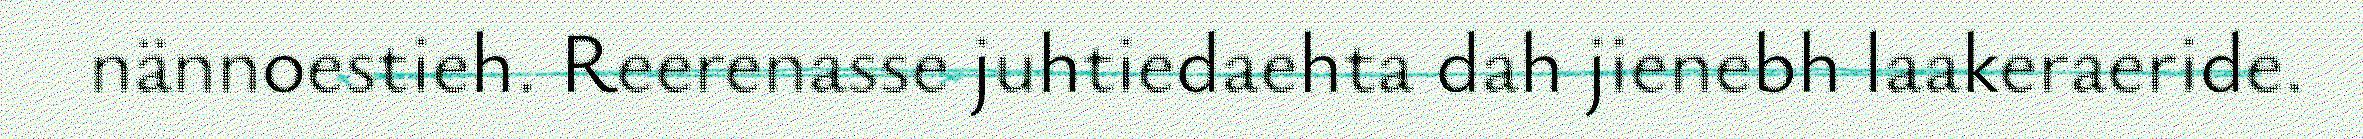
nännoestieh. Reerenasse juhtiedaehta dah jienebh laakeraeride.